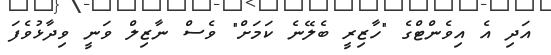
އަދި އެ އިވެންޓްގެ "ހާޒިރީ ބެލޭނެ ކަމަށް" ވެސް ނާޒިލް ވަނީ ވިދާޅުވެފަ